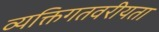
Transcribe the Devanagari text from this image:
व्यक्तिगतवरीयता